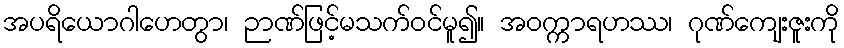
အပရိယောဂါဟေတွာ၊ ဉာဏ်ဖြင့်မသက်ဝင်မူ၍။ အဝက္ကာရဟဿ၊ ဂုဏ်ကျေးဇူးကို